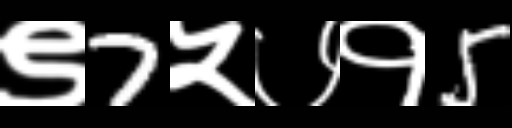
Text: ९7५७१5